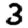
Digit: 3